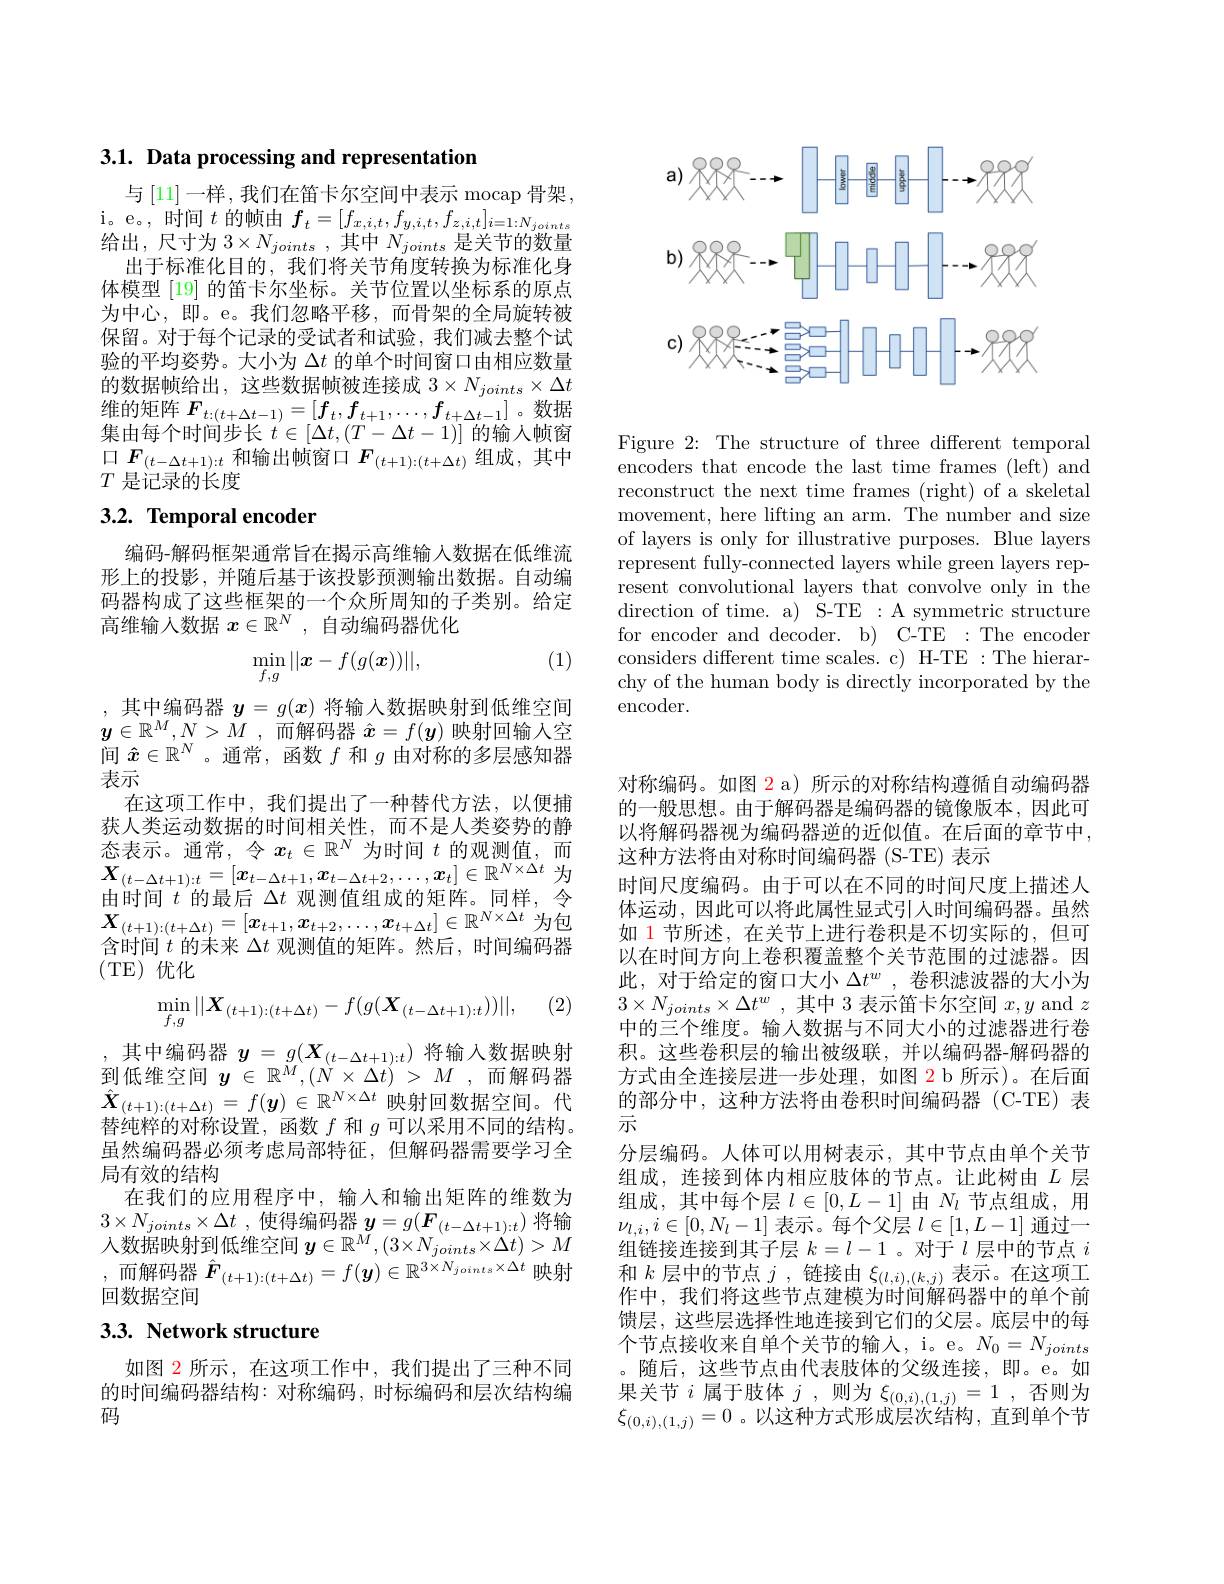
3.1. Data processing and representation

与[11]一样，我们在笛卡尔空间中表示 mocap 骨架i。e。, 时 间 $t$的帧由$f_t=[f_x,i,t,f_{y,i,t},f_{z,i,t}]_{i=1:N_{joints}}$ 给出，尺寸为 $3\times N_joints~,~$其中 $N_joints~$是关节的数量
出于标准化目的，我们将关节角度转换为标准化身体模型 [19] 的笛卡尔坐标。关节位置以坐标系的原点为中心，即。e。我们忽略平移，而骨架的全局旋转被保留。对于每个记录的受试者和试验，我们减去整个试验的平均姿势。大小为$\Delta t$的单个时间窗口由相应数量的数据帧给出，这些数据帧被连接成$3\times N_{joints}\times\Delta t$ 维的矩阵$F_t:(t+\Delta t-1)=[f_t,f_{t+1},\ldots,f_{t+\Delta t-1}]$。数据$\begin{array}{l}{\text{地由心中下}t:(t+\Delta t-1)-[\boldsymbol{J}_{t},\boldsymbol{J}_{t+1},\cdots,\boldsymbol{J}_{t+\Delta t-1]}\mathrm{~。~x\wedge D}}\\{\text{集由每个时间步长 }t\in[\Delta t,(T-\Delta t-1)]\text{ 的输入帧窗}}\end{array}$ $\square\boldsymbol{F}_{(t-\Delta t+1):t}$和输出帧窗口$\boldsymbol{F}_(t+1):(t+\Delta t)$组成，其中$T$是记录的长度

# 3.2. Temporal encoder

编码-解码框架通常旨在揭示高维输入数据在低维流形上的投影，并随后基于该投影预测输出数据。自动编码器构成了这些框架的一个众所周知的子类别。给定高维输入数据$x\in\mathbb{R}^N$,自动编码器优化

(1)
$$\min_{f,g}||\boldsymbol{x}-f(g(\boldsymbol{x}))||,$$
,其中编码器$y=g(x)$将输入数据映射到低维空间$\boldsymbol{y}\in \mathbb{R} ^M, N> \bar{M}$ ,而解码器 $\hat{x}=f(\boldsymbol{y})$ 映射回输入空间$\hat{x}\in\mathbb{R}^N$ 。通常，函数$f$和$g$由对称的多层感知器表示
在这项工作中，我们提出了一种替代方法，以便捕获人类运动数据的时间相关性，而不是人类姿势的静态表示。通常，令$x_t\in\mathbb{R}^N$为时间$t$的观测值，而$\begin{array}{l}{\boldsymbol{X}_{(t-\Delta t+1):t}=[\boldsymbol{x}_{t-\Delta t+1},\boldsymbol{x}_{t-\Delta t+2},\ldots,\boldsymbol{x}_{t}]\in\mathbb{R}^{N\times\Delta t}\text{为}}\\{\text{由时间 }t\text{ 的最后 }\Delta t\text{ 观测值组成的矩阵。同样，令}}\end{array}$ $\boldsymbol{X}_{( t+ 1) : ( t+ \Delta t) }= [ \boldsymbol{x}_{t+ 1}, \boldsymbol{x}_{t+ 2}, \ldots , \boldsymbol{x}_{t+ \Delta t}] \in \mathbb{R} ^{N\times \Delta t}$为 包含时间$t$的未来$\Delta t$观测值的矩阵。然后，时间编码器(TE)优化

(2)
$$\min_{f,g}||\boldsymbol{X}_{(t+1):(t+\Delta t)}-f(g(\boldsymbol{X}_{(t-\Delta t+1):t}))||,$$
,其中编码器$y=g(\boldsymbol{X}_(t-\Delta t+1):t)$将输入数据映射到低维空间 $\boldsymbol{y}\in \mathbb{R} ^M, ( \dot{N} \times \Delta t)$ > $M$ ,而解码器$\hat{\boldsymbol{X}}_{(t+1):(t+\Delta t)}=f(\boldsymbol{y})\in\mathbb{R}^{N\times\Delta t}$映射回数据空间。代替纯粹的对称设置，函数$f$和$g$可以采用不同的结构。虽然编码器必须考虑局部特征，但解码器需要学习全局有效的结构
在我们的应用程序中，输入和输出矩阵的维数为$3\times N_{joints}\times \Delta t$ ,使得编码器$y=g(\boldsymbol{F}_(t-\Delta t+1):t)$将输$\vec{\text{人数据映射到低维空间 }y}\in\mathbb{R}^{\bar{M}},(3\times N_{joints}\times\Delta t)>M$ ,而解码器$\hat{\boldsymbol{F}}_(t+1):(t+\Delta t)=f(\boldsymbol{y})\in\mathbb{R}^{3\times N_{joints}\times\Delta t}$映射回数据空间

## 3.3. Network structure

如图 2 所示 ,在这项工作中，我们提出了三种不同的时间编码器结构：对称编码，时标编码和层次结构编码

<FigureHere>

Figure 2: The structure of three different temporal encoders that encode the last time frames (left) and reconstruct the next time frames (right) of a skeletal movement, here lifting an arm. The number and size of layers is only for illustrative purposes. Blue layers represent fully-connected layers while green layers represent convolutional layers that convolve only in the direction of time. a) S-TE : A symmetric structure for encoder and decoder. b) C-TE :The encoder considers different time scales. c) H-TE :The hierarchy of the human body is directly incorporated by the encoder.

对称编码。如图 2 a) 所示的对称结构遵循自动编码器的一般思想。由于解码器是编码器的镜像版本，因此可以将解码器视为编码器逆的近似值。在后面的章节中， 这种方法将由对称时间编码器 (S-TE) 表示
时间尺度编码。由于可以在不同的时间尺度上描述人体运动，因此可以将此属性显式引人时间编码器。虽然如 1 节所述，在关节上进行卷积是不切实际的，但可以在时间方向上卷积覆盖整个关节范围的过滤器。因此，对于给定的窗口大小$\Delta t^w$ ,卷积滤波器的大小为$3\times N_{joints}\times \Delta t^{w}$ ,其中 3 表示笛卡尔空间$x,y$ and $z$ 中的三个维度。输人数据与不同大小的过滤器进行卷积。这些卷积层的输出被级联，并以编码器-解码器的方式由全连接层进一步处理，如图 2 b 所示)。在后面的部分中，这种方法将由卷积时间编码器(C-TE)表示
分层编码。人体可以用树表示，其中节点由单个关节组成，连接到体内相应肢体的节点。让此树由$L$层组成，其中每个层$l\in[0,L-1]$由$N_l$节点组成，用$\nu_{l,i},i\in[0,N_l-1]$表示。每个父层$l\in[1,L-1]$通过一组链接连接到其子层$k=l-1$ 。对于$l$层中的节点$i$ 和$k$层中的节点$j$ ,链接由$\xi_(l,i),(k,j)$表示。在这项工作中，我们将这些节点建模为时间解码器中的单个前馈层，这些层选择性地连接到它们的父层。底层中的每个节点接收来自单个关节的输入，i。e。$N_0=N_{joints}$ 。随后，这些节点由代表肢体的父级连接，即。e。如果关节$i$属于肢体$j$,则为$\xi_(0,i),(1,j)=1$,否则为$\xi_{(0,i),(1,j)}=0$ 。以这种方式形成层次结构，直到单个节